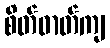
စိတ်ဓာတ်ကျ